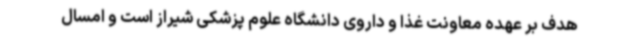
هدف بر عهده معاونت غذا و داروی دانشگاه علوم پزشکی شیراز است و امسال